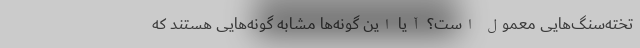
تخته‌سنگ‌هایی معمول است؟ آیا این گونه‌ها مشابه گونه‌هایی هستند که